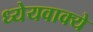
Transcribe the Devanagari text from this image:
ध्येयवाक्ये